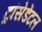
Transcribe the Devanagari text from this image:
ट्रांसेडेंटल